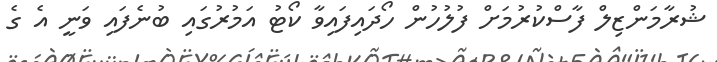
ޝުރާމަންޒިލް ފާސްކުރުމަށް ފުލުހުން ހޯދައިފައިވާ ކޯޓު އަމުރުގައި ބުނެފައި ވަނީ އެ ގެ